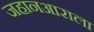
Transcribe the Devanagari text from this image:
जहानआराला